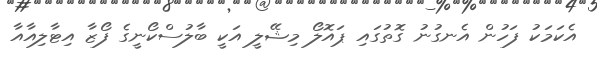
އެކަމަކު ފަހުން އެނގުނު ގޮތުގައި ޕައޮލޯ މިޝޭލީ އަކީ ބާލުސްކޯނީގެ ފޯޒާ އިޓާލިއާއާ